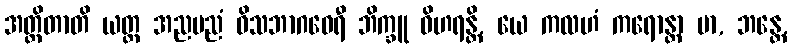
အတ္ထိတာတိ ယတ္ထ အညမညံ ဝိသဘာဂဝေရီ ဘိက္ခူ ဝိဟရန္တိ, ယေ ကလဟံ ကရောန္တာ မာ, ဘန္တေ,